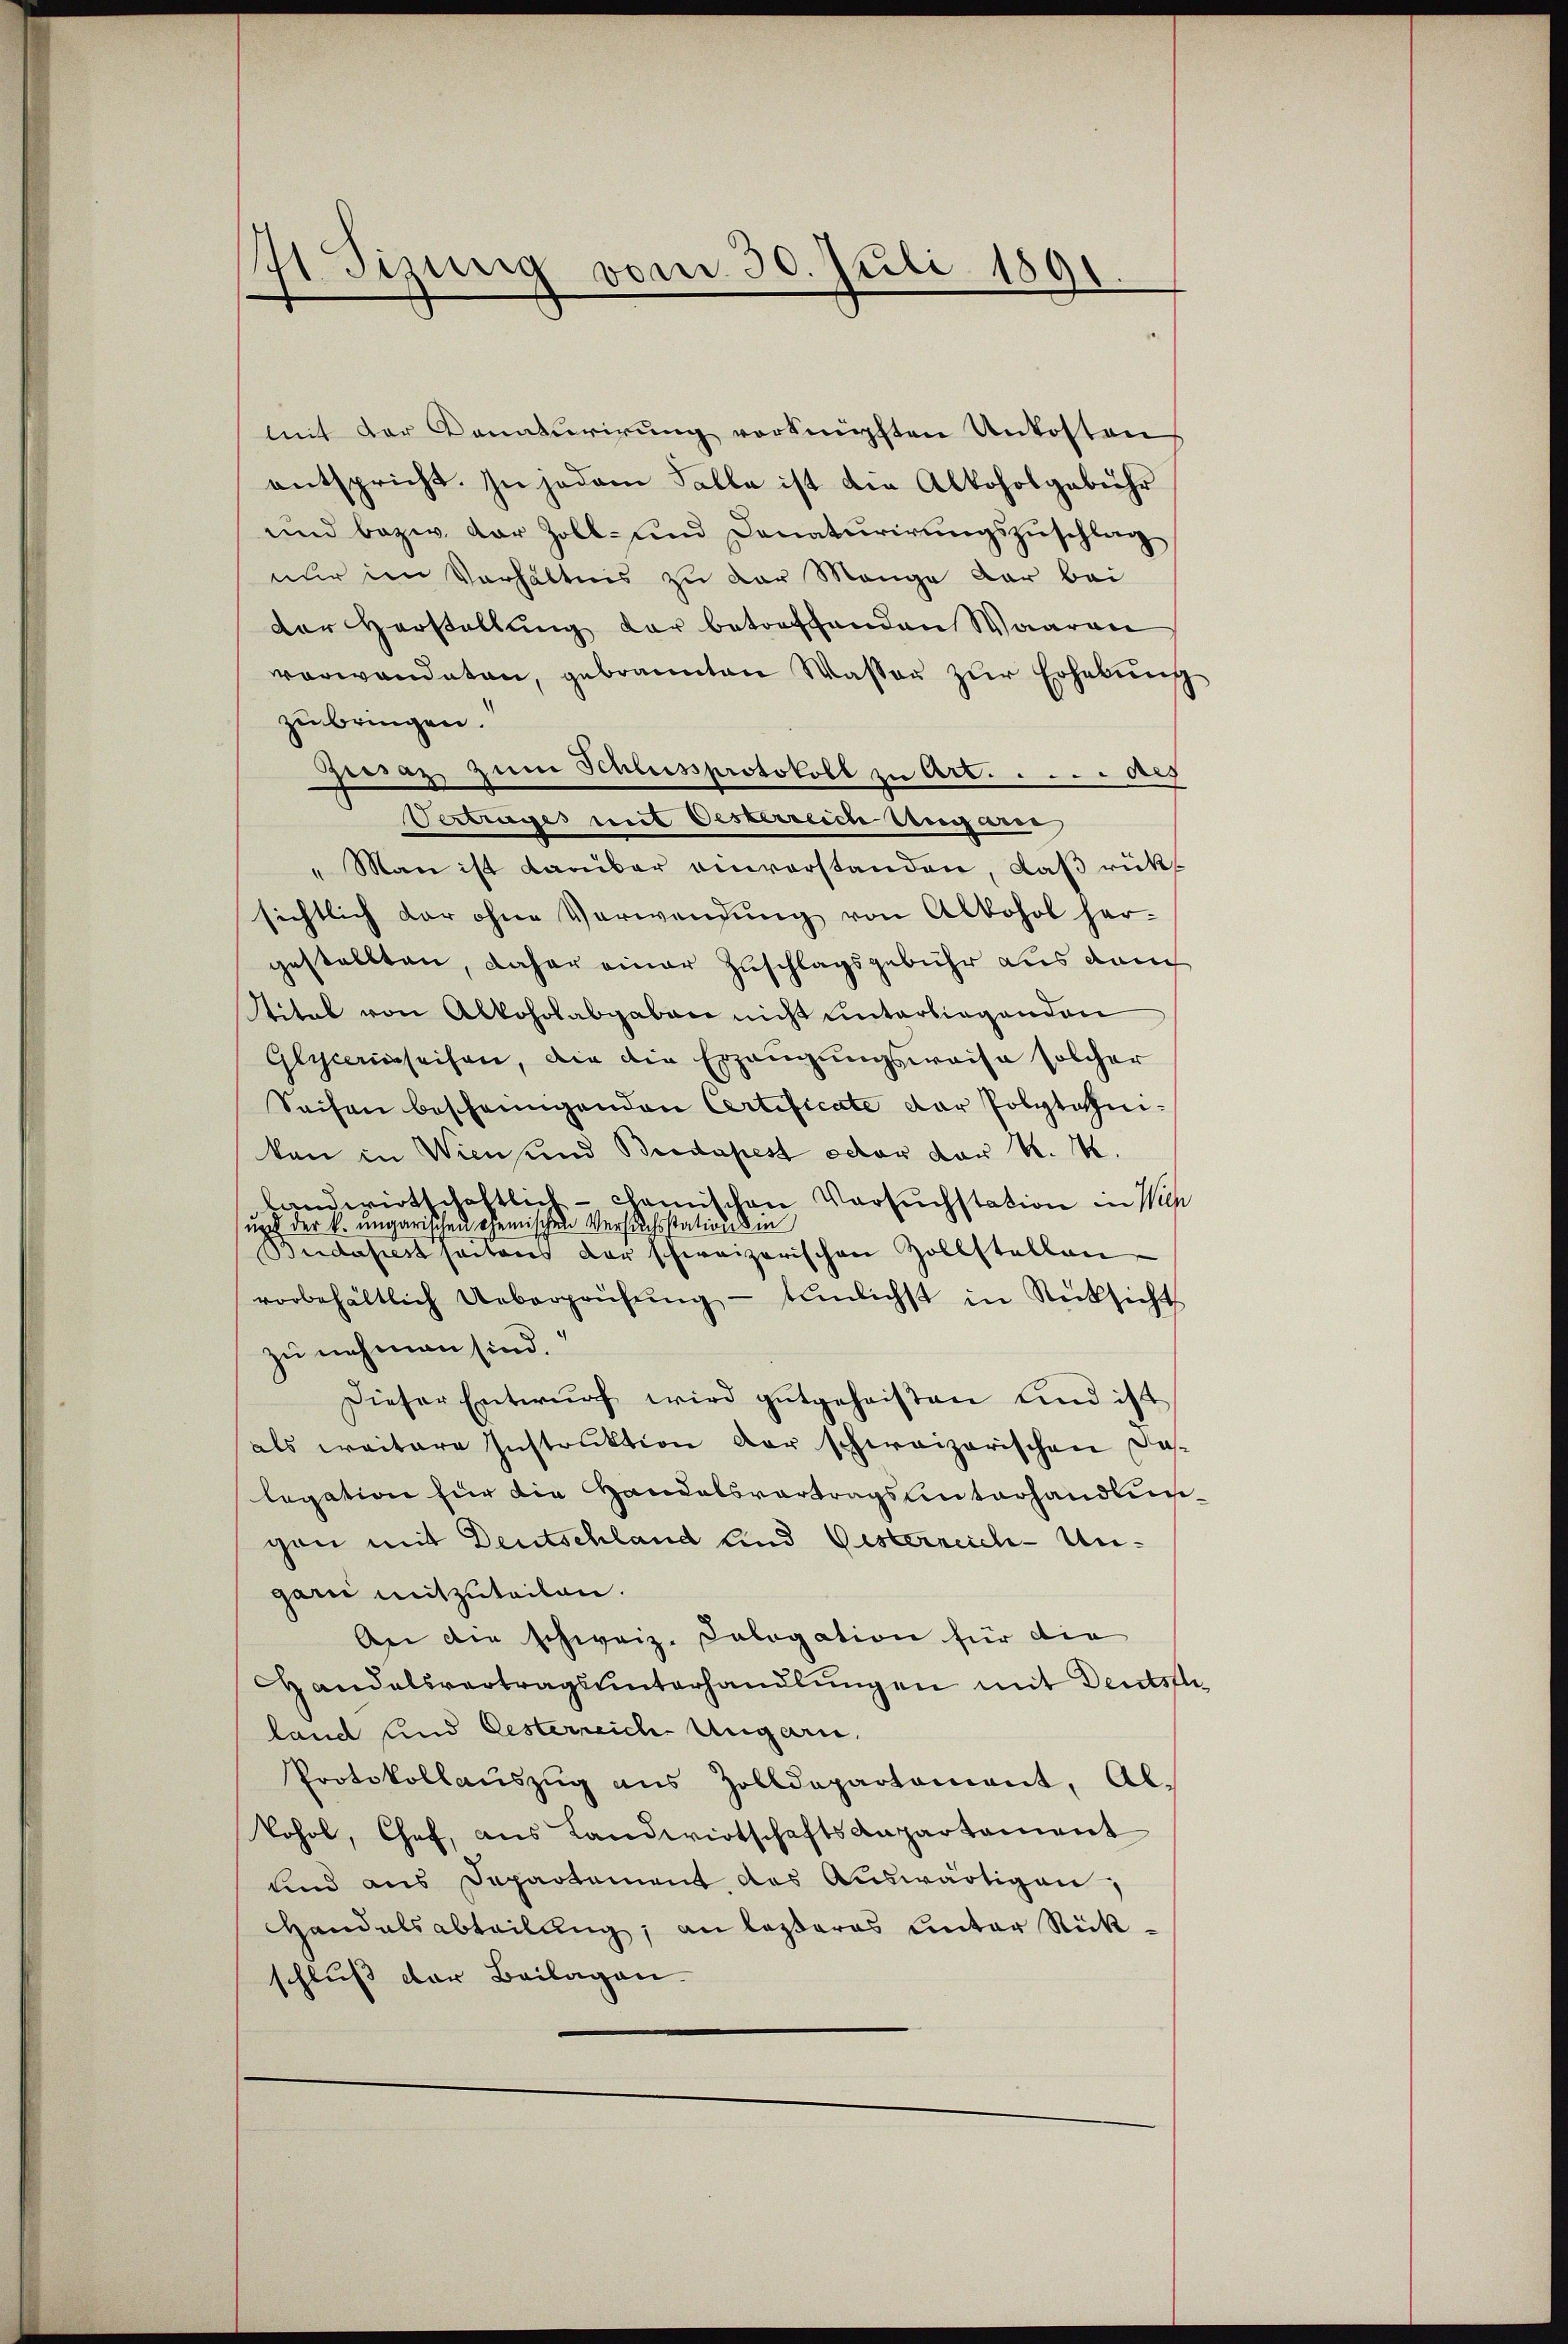
mit der Donaturirung verknüpften Unkosten
entspricht. In jedem Falle ist die Alkoholgebühr
und bezw. dar Zoll- und Donaturirungszuschlag
nur im Verhältnis zu der Mange dar bei
der Herstellŭng der betreffenden Waaren
verwandeten, gebrannten Wasser zur Erhebung
zubringen.
Gersatz zum Schlussprotokoll zu Art. Aug
Vertrages triit Oesterreich Ungasse
" Man ist darüber einverstanden, daß rücksichtlich dar ohne Verwendung von Alkohol her-
gestellten, daher einer Zuschlagsgebühr aus danch
Stitel von Alkoholabgaben nicht unterliegenden
Glyceiseisen, die die Erzeugungsweise solcher
Sachen bescheinigenden Certificate der Polytechnikan in Wien und Bredapest oder der K. K.
landwirtschaftlich - Camischen Versuchstation in Wien
und der k. ungarischen chemischen Versuchsstation die
Bridapest seitens der schweizerischen Zollstellen
vorbehältlich Ueberprüfŭng - tümlichst in Rücksicht
zu nehmen sind.
Dieser Entwŭrf wird gutgeheisten und ist
als weitere Instruktion der schweizerischen Dalegation für die Handelsvertragsunterhandlungon mit Deutschland und Gesterreich-Ungari mitzuteilen.
An die schweiz. Kalogation für die
Handelsvertragsunterhandlungen mit Deutsfli
land und Oesterreich Ungarn,
Protokollaŭszŭg ans Zolldepartament, Ab-
kohol, Chef, aŭs Landwirtschaftsanpartament
und aus Departement des Auswärtigen,
Handelsabteilung; an lasseres unter Rückschluß der Beilagen.

71 Jizung vom 30. Juli 1891